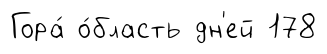
Гора́ о́бласть дн'ей 178